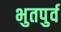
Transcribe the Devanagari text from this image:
भुतपुर्व